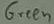
Text: Green